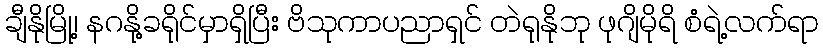
ချီနိုမြို့၊ နဂနို့ခရိုင်မှာရှိပြီး ဗိသုကာပညာရှင် တဲရုနိုဘု ဖုဂျိမိုရိ စံရဲ့လက်ရာ